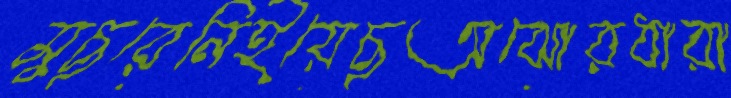
মুছরেনিইয়েছঅঝোরধারা